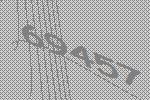
69457